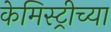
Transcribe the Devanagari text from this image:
केमिस्ट्रीच्या